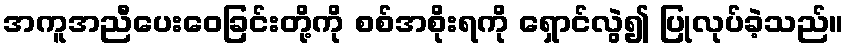
အကူအညီပေးဝေခြင်းတို့ကို စစ်အစိုးရကို ရှောင်လွဲ၍ ပြုလုပ်ခဲ့သည်။